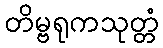
တိမ္ဗရုကသုတ္တံ